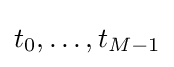
t_{0},\ldots ,t_{M-1}